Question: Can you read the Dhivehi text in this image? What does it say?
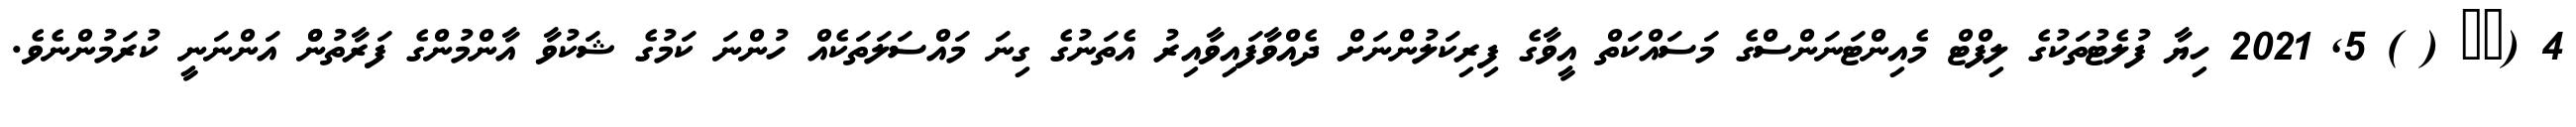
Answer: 4 (?? ( ) 5, 2021 ހިޔާ ފުލެޓުތަކުގެ ލިފްޓް މެއިންޓަނަންސްގެ މަސައްކަތް އީވާގެ ފިރިކަލުންނަށް ދެއްވާފައިވާއިރު އެތަނުގެ ގިނަ މައްސަލަތަކެއް ހުންނަ ކަމުގެ ޝަކުވާ އާންމުންގެ ފަރާތުންް އަންނަނީ ކުރަމުންނެވެ.